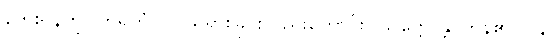
ဘေးရန်ကို။ ဟရိတုံပိ၊ ပယ်ရှားခြင်းလည်းကောင်း။ သက္ကောန္တိ၊ ကုန်၏။ ပန၊